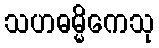
သဟဓမ္မိကေသု